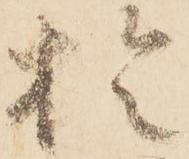
於